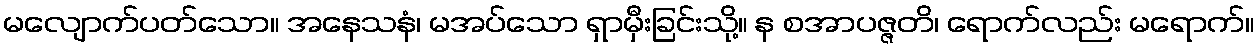
မလျောက်ပတ်သော။ အနေသနံ၊ မအပ်သော ရှာမှီးခြင်းသို့။ န စအာပဇ္ဇတိ၊ ရောက်လည်း မရောက်။